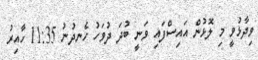
ވިދާޅުވީ މި ލޮޅުން އައިސްފައި ވަނީ ބުދަ ދުވަހު ހެނދުނު 11:35 ހާއިރު